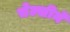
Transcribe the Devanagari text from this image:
चेल्सीने